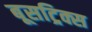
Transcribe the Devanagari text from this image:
बूसट्रिक्स